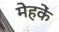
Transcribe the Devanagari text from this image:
मेहकें